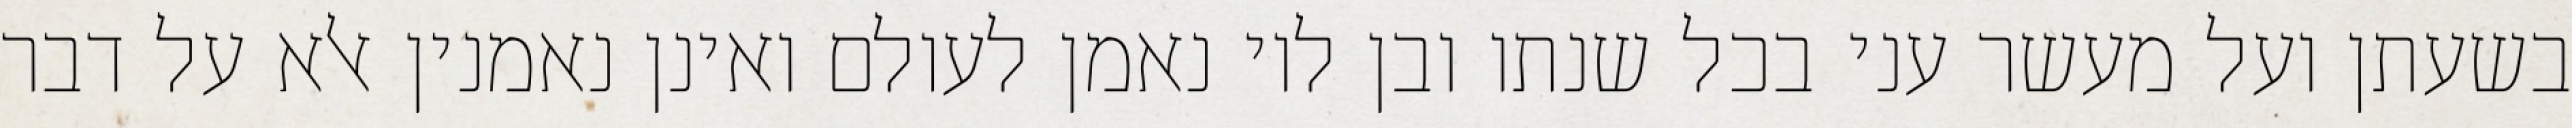
בשעתן ועל מעשר עני בכל שנתו ובן לוי נאמן לעולם ואינן נאמנין אלא על דבר